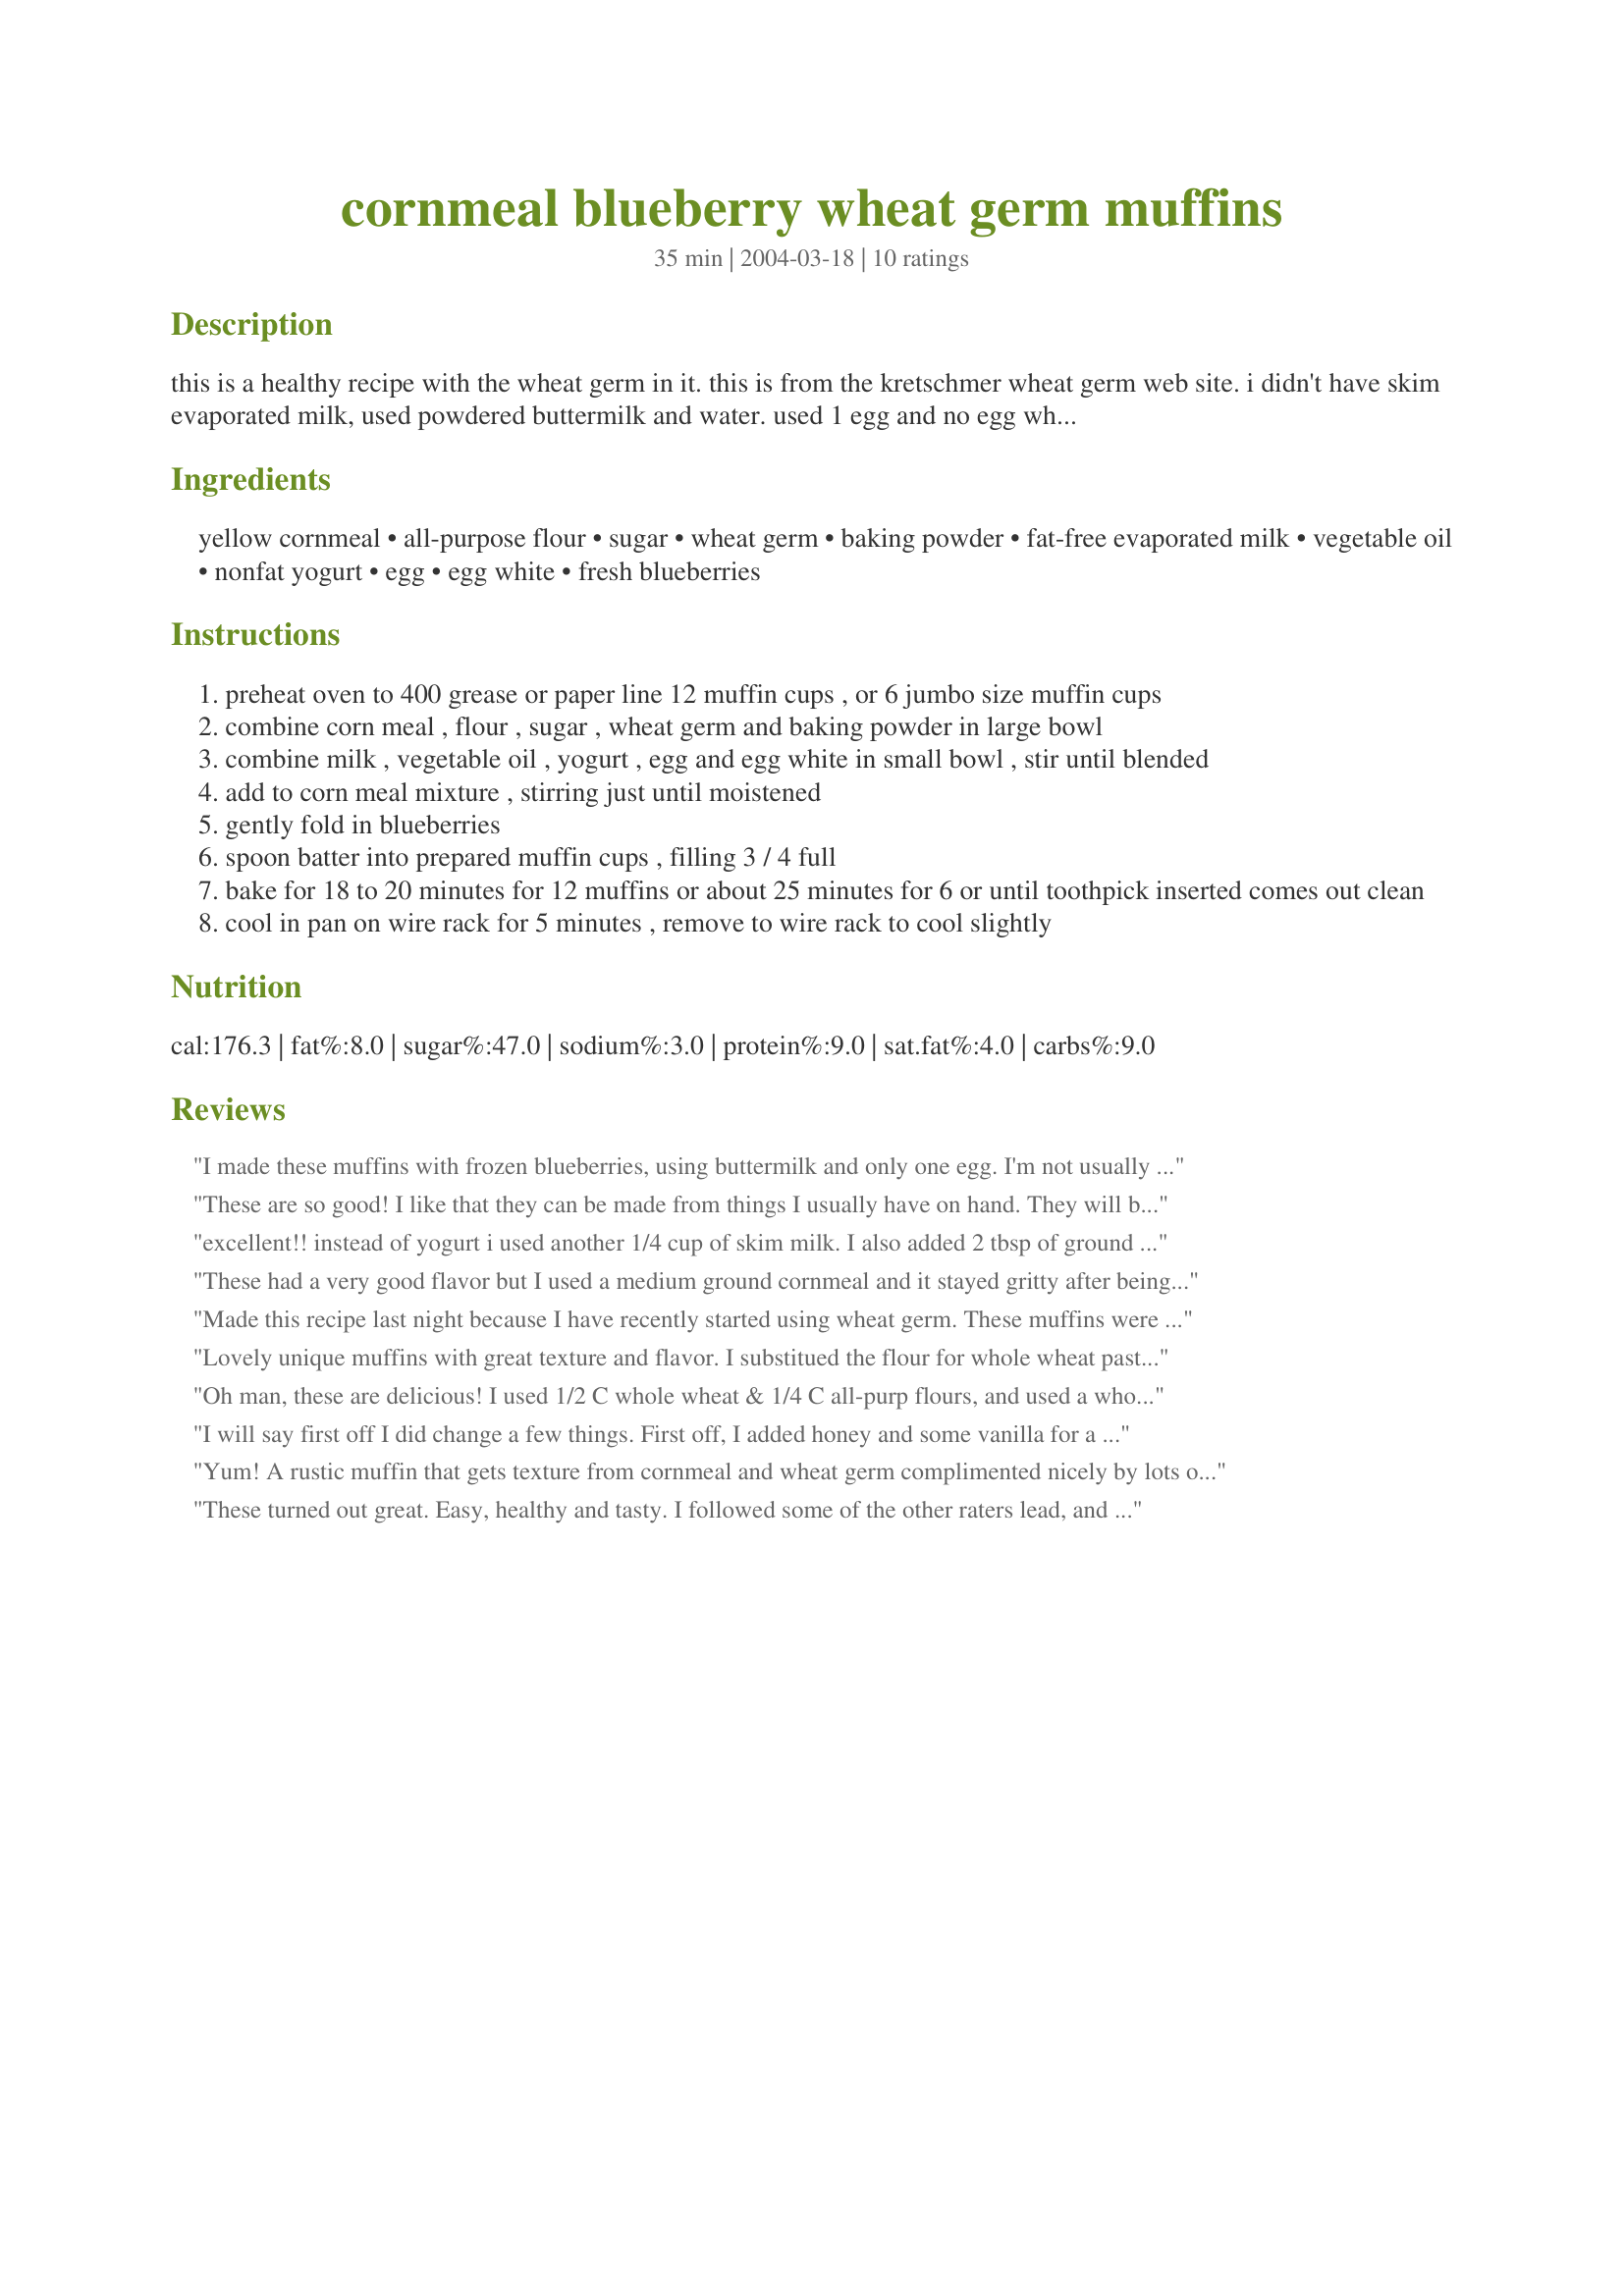
cornmeal blueberry wheat germ muffins
Preparation time: 35 minutes

this is a healthy recipe with the wheat germ in it. this is from the kretschmer wheat germ web site. i didn't have skim evaporated milk, used powdered buttermilk and water. used 1 egg and no egg white.

Ingredients:
yellow cornmeal, all-purpose flour, sugar, wheat germ, baking powder, fat-free evaporated milk, vegetable oil, nonfat yogurt, egg, egg white, fresh blueberries

Steps:
preheat oven to 400 grease or paper line 12 muffin cups , or 6 jumbo size muffin cups
combine corn meal , flour , sugar , wheat germ and baking powder in large bowl
combine milk , vegetable oil , yogurt , egg and egg white in small bowl , stir until blended
add to corn meal mixture , stirring just until moistened
gently fold in blueberries
spoon batter into prepared muffin cups , filling 3 / 4 full
bake for 18 to 20 minutes for 12 muffins or about 25 minutes for 6 or until toothpick inserted comes out clean
cool in pan on wire rack for 5 minutes , remove to wire rack to cool slightly

Reviews:
I made these muffins with frozen blueberries, using buttermilk and only one egg. I'm not usually a big fan of cornmeal, but my mother really liked these, and I also enjoyed their wholesome taste.
These are so good! I like that they can be made from things I usually have on hand. They will be part of my regular baking rotation from now on. Thanks for sharing!
excellent!! instead of yogurt i used another 1/4 cup of skim milk. I also added 2 tbsp of ground flaxseed! They also made 12 muffins, straight to the top of the muffin holders!! I did use the oil, which was great in the removal of the muffins from the rubber muffin holders. I WILL make them again!
These had a very good flavor but I used a medium ground cornmeal and it stayed gritty after being cooked. I'll have to try again with finer ground cornmeal. Thanks Dorel, for posting.

Roxygirl
Made this recipe last night because I have recently started using wheat germ. These muffins were fantastic! I used vanilla nonfat yogurt and added in a tsp of honey as well. I definately plan to make these again. Thank you for posting this recipe! I will be passing it along so that other friends of mine can enjoy them as well :-) As the other poster said it filled up all 12 cups in the pan perfectly and came out nicely!
Lovely unique muffins with great texture and flavor. I substitued the flour for whole wheat pastry flour and used Sucanat instead of sugar. I was running short on yogurt, so I just used a full cup of buttermilk. I actually ended up using half blueberries, half rasperries, which was good, although I think they'd be better with all blueberries. I didn't use the egg white, as Dorel said she hadn't either. The texture is awesome, and I was surprised at how well the wheat germ flavor goes with cornmeal. I was surprised that these were not very sweet- I mean, they are plenty sweet, but I thought they might be sweeter because they have a whole half-cup of sugar. I thought the sweetness was just right though, and they make a GREAT breakfast or snack. A keeper in my book, I don't think I would change a thing. :)
Oh man, these are delicious! I used 1/2 C whole wheat & 1/4 C all-purp flours, and used a whole cup of plain yogurt instead of the milk/yogurt combo. I also omitted the egg white, as others did, and used half applesauce/half oil. Instead of blueberries, I used frozen mixed berries (raspberries, marionberries, and blueberries). I have no idea how you guys got 12 muffins out of this, though. I filled the cups about 3/4 full or more, and ended up with 19! Only thing I might change is to add something for more flavor (honey instead of sugar? vanilla? almond extract? not sure yet...). Oh, and they stuck to the paper liners really bad, so I'll probably just spray the tins really well next time instead. Thanks for the amazing recipe, Dorel!
I will say first off I did change a few things.
First off, I added honey and some vanilla for a little added sweetness. I used whole wheat flour, and I baked for 25 min at 350 for a nice perfect golden color. :) Oh, and I didn't have non-fat yogurt so I used strawberry banana yoplus yogurt. lol. It worked.

These are so yummy, nice and moist yet thick. Perfect breakfast meal. They have a sweet fruity flavor with a cornbread taste too. Very good. I used a 12 muffin tin that I greased with crisco and they slid right out.
Yum! A rustic muffin that gets texture from cornmeal and wheat germ complimented nicely by lots of blueberries. I tagged these for Healthy ABC and made as directed. Wonderful with a cup of coffee. Thanks, Dorel, for a great recipe!
These turned out great. Easy, healthy and tasty. I followed some of the other raters lead, and used whole wheat pastry flour and no egg white, and they are great. Didn't change anything else. I used two cups of frozen blueberries, and it made exactly 12 muffins. This recipe is a keeper. Thanks so much for posting it!
